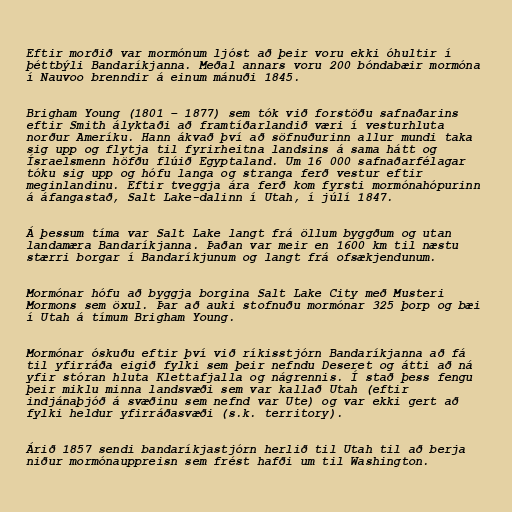
Eftir morðið var mormónum ljóst að þeir voru ekki óhultir í
þéttbýli Bandaríkjanna. Meðal annars voru 200 bóndabæir mormóna
í Nauvoo brenndir á einum mánuði 1845.

Brigham Young (1801 – 1877) sem tók við forstöðu safnaðarins
eftir Smith ályktaði að framtíðarlandið væri í vesturhluta
norður Ameríku. Hann ákvað því að söfnuðurinn allur mundi taka
sig upp og flytja til fyrirheitna landsins á sama hátt og
Ísraelsmenn höfðu flúið Egyptaland. Um 16 000 safnaðarfélagar
tóku sig upp og hófu langa og stranga ferð vestur eftir
meginlandinu. Eftir tveggja ára ferð kom fyrsti mormónahópurinn
á áfangastað, Salt Lake-dalinn í Utah, í júlí 1847.

Á þessum tíma var Salt Lake langt frá öllum byggðum og utan
landamæra Bandaríkjanna. Þaðan var meir en 1600 km til næstu
stærri borgar í Bandaríkjunum og langt frá ofsækjendunum.

Mormónar hófu að byggja borgina Salt Lake City með Musteri
Mormons sem öxul. Þar að auki stofnuðu mormónar 325 þorp og bæi
í Utah á tímum Brigham Young.

Mormónar óskuðu eftir því við ríkisstjórn Bandaríkjanna að fá
til yfirráða eigið fylki sem þeir nefndu Deseret og átti að ná
yfir stóran hluta Klettafjalla og nágrennis. Í stað þess fengu
þeir miklu minna landsvæði sem var kallað Utah (eftir
indjánaþjóð á svæðinu sem nefnd var Ute) og var ekki gert að
fylki heldur yfirráðasvæði (s.k. territory).

Árið 1857 sendi bandaríkjastjórn herlið til Utah til að berja
niður mormónauppreisn sem frést hafði um til Washington.